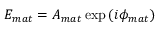
E _ { m a t } = A _ { m a t } \exp { ( i \phi _ { m a t } ) }